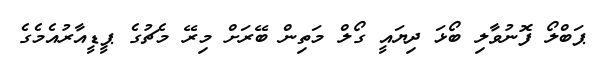
ޕަބްލޯ ފޮނުވާލި ބޯޅަ ދިޔައީ ގޯލް މަތިން ބޭރަށް މިރޭ މެޗުގެ ޕީޑީއާރުއެމެގެ